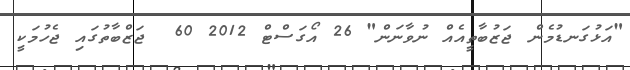
"އަޅުގަނޑުމެން ޖަޒުބާތީއެއް ނުވާނަން" 26 އޯގަސްޓް 2012 60  ޖަޒްބާތުގައި ޖެހުމަކީ